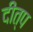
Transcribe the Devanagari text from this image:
दीत्प